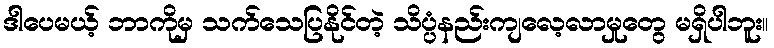
ဒါပေမယ့် ဘာကိုမှ သက်သေပြနိုင်တဲ့ သိပ္ပံနည်းကျလေ့လာမှုတွေ မရှိပါဘူး။